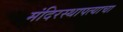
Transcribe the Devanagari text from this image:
मंदिरस्थापत्याचा